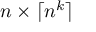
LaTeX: n \times \lceil n ^ { k } \rceil